Medical and sanitary report of the native army of Bengal for the year
Year: 1874
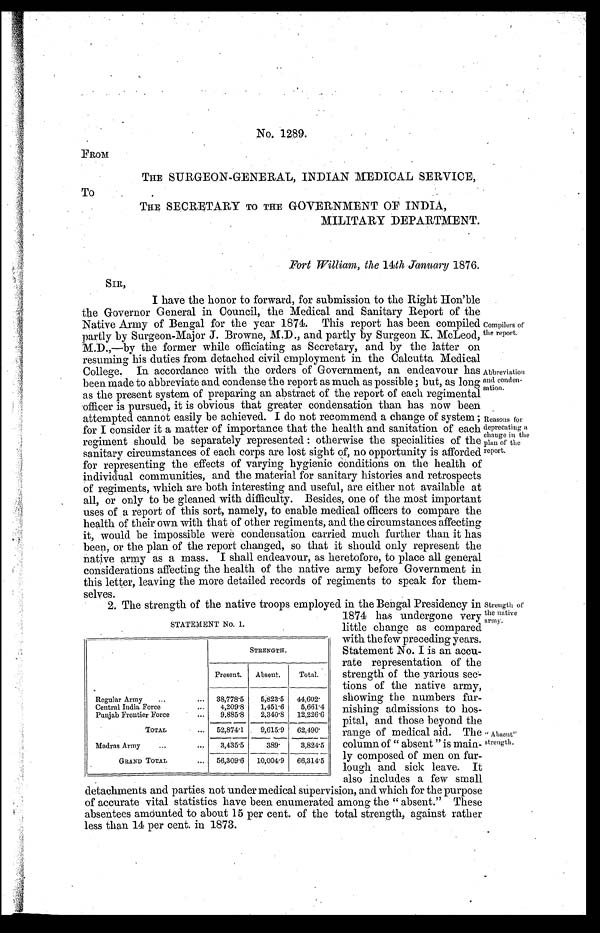
STATEMENT No. 1.
STRENGTH.
Present.
Absent.
Total.
Regular Army . . . 38,778.5
5,823.5 44,602.
Central India Force . . .
4,209.8
1,451.6
5,661.4
Punjab Frontier Force . . .
9,885.8
2,340.8 12,226.6
TOTAL . . . 52,874.1
9,615.9
62,490.
Madras Army . . .
3,435.5
389.
3,824.5
GRAND TOTAL . . . 56,309.6
10,004.9
66,314.5
No. 1289.
FROM
THE SURGEON-GENERAL, INDIAN MEDICAL SERVICE,
To
THE SECRETARY TO THE GOVERNMENT OF INDIA,
MILITARY DEPARTMENT.
Fort William, the 14th January 1876.
SIR,
I have the honor to forward, for submission to the Right Hon'ble
the Governor General in Council, the Medical and Sanitary Report of the
Native Army of Bengal for the year 1874. This report has been compiled
partly by Surgeon-Major J. Browne, M.D., and partly by Surgeon K. McLeod,
M.D.,—by the former while officiating as Secretary, and by the latter on
resuming his duties from detached civil employment in the Calcutta Medical
College. In accordance with the orders of Government, an endeavour has
been made to abbreviate and condense the report as much as possible ; but, as long
as the present system of preparing an abstract of the report of each regimental
officer is pursued, it is obvious that greater condensation than has now been
attempted cannot easily be achieved. I do not recommend a change of system ;
for I consider it a matter of importance that the health and sanitation of each
regiment should be separately represented : otherwise the specialities of the
sanitary circumstances of each corps are lost sight of, no opportunity is afforded
for representing the effects of varying hygienic conditions on the health of
individual communities, and the material for sanitary histories and retrospects
of regiments, which are both interesting and useful, are either not available at
all, or only to be gleaned with difficulty. Besides, one of the most important
uses of a report of this sort, namely, to enable medical officers to compare the
health of their own with that of other regiments, and the circumstances affecting
it, would be impossible were condensation carried much further than it has
been, or the plan of the report changed, so that it should only represent the
native army as a mass. I shall endeavour, as heretofore, to place all general
considerations affecting the health of the native army before Government in
this letter, leaving the more detailed records of regiments to speak for them
-selves.
Abbreviation
and conden
- s a t i o n .
Reasons for
deprecating a
change in the
plan of the
report.
. Compilers of
the report.
2. The strength of the native troops employed in the Bengal Presidency in
1874 has undergone very
little change as compared
with the few preceding years.
Statement No. I is an accu-
rate representation of the
strength of the various sec
-tions of the native army,
showing the numbers fur-
nishing admissions to hos-
-pital, and those beyond the
range of medical aid. The
column of "absent" is main-
-ly composed of men on fur--
lough and sick leave. It
also includes a few small
detachments and parties not under medical supervision, and which for the purpose
of accurate vital statistics have been enumerated among the "absent." These
absentees amounted to about 15 per cent. of the total strength, against rather
less than 14 per cent. in 1873.
Strength of
the native
army.
"Absent"
strength.